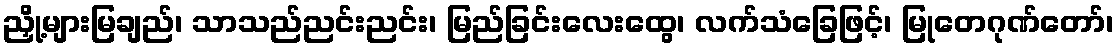
ညှို့များမြချည်၊ သာသည်ညင်းညင်း၊ မြည်ခြင်းလေးထွေ၊ လက်သံခြေဖြင့်၊ မြုတေဂုဏ်တော်၊